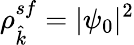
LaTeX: \rho_{\hat{k}}^{sf}=|\psi_{0}|^{2}